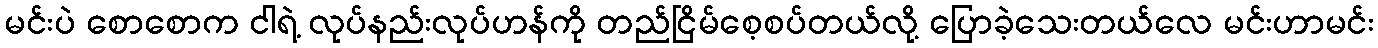
မင်းပဲ စောစောက ငါရဲ့ လုပ်နည်းလုပ်ဟန်ကို တည်ငြိမ်စေ့စပ်တယ်လို့ ပြောခဲ့သေးတယ်လေ မင်းဟာမင်း